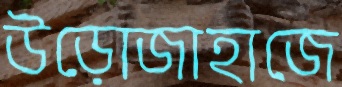
উড়োজাহাজে